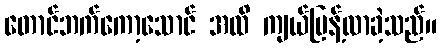
တောင်ဘက်ကော့သောင် အထိ ကျယ်ပြန့်လာခဲ့သည်။